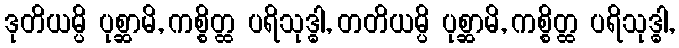
ဒုတိယမ္ပိ ပုစ္ဆာမိ, ကစ္စိတ္ထ ပရိသုဒ္ဓါ, တတိယမ္ပိ ပုစ္ဆာမိ, ကစ္စိတ္ထ ပရိသုဒ္ဓါ,